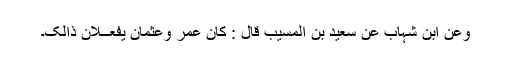
وَعَنِ ابْنِ شِہَابٍ عَنْ سَعِیدِ بْنِ الْمُسَیَّبِ قَالَ : کَانَ عُمَرُ وَعُثْمَانُ یَفْعَــلَانِ ذَالِکَ۔